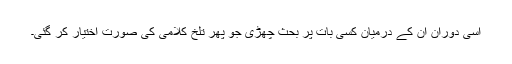
اسی دوران ان کے درمیان کسی بات پر بحث چھڑی جو پھر تلخ کلامی کی صورت اختیار کر گئی۔